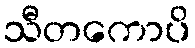
သီတကောပိ